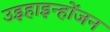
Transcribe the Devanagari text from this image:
उइहाइन्होंजन